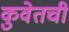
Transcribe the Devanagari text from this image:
कुवेतची